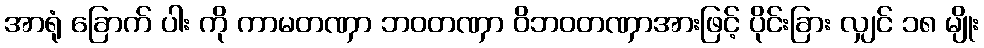
အာရုံ ခြောက် ပါး ကို ကာမတဏှာ ဘဝတဏှာ ဝိဘဝတဏှာအားဖြင့် ပိုင်းခြား လျှင် ၁၈ မျိုး